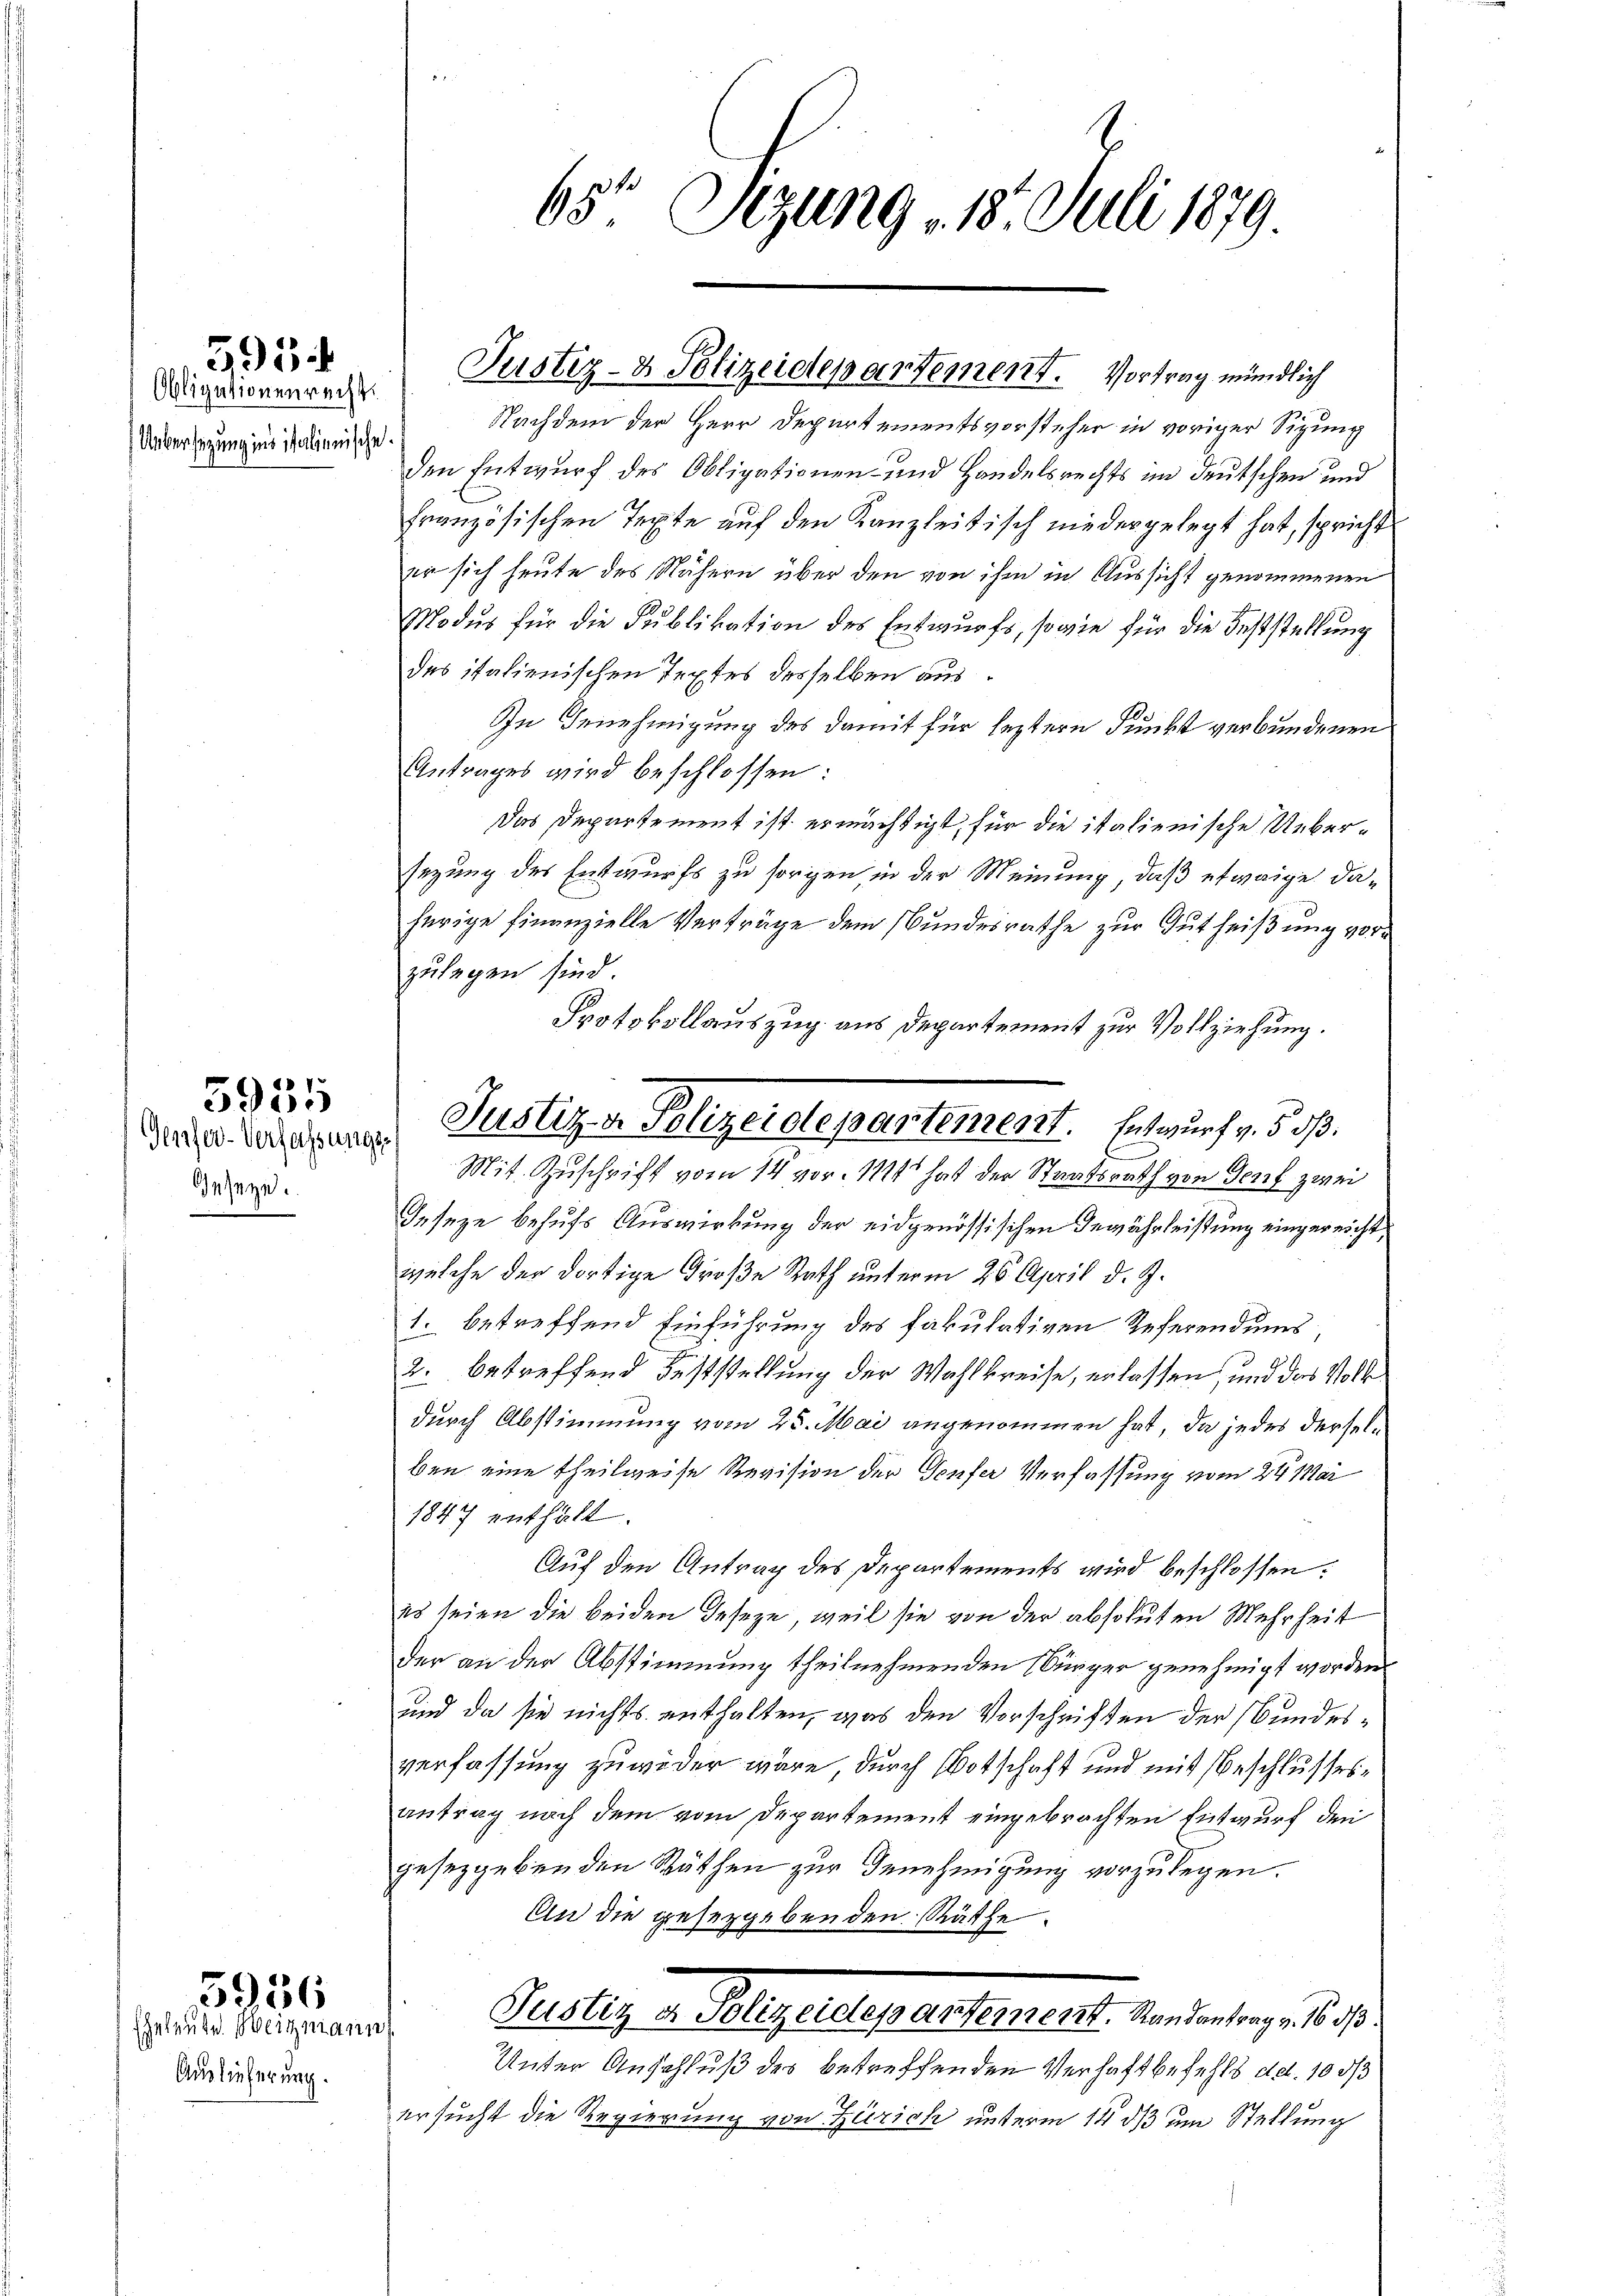
Obligationenrecht.
Uebersezung ins italienische.

595.

Ieseyn.

5955

Auslieferung.

3956
Eheleute. Weigmann

65 Sizung 18. Juli 1879.

Justiz- & Polizeidepartement. Vortrag mündlich

diese Besetzung Justiz - Polizeidepartement. Entwurf v. 5. d.

Nachdem der Herr Departementsvorsteher in voriger Sizung
den Entwurf des Obligationen- und Handelsrechts im deutschen und
französischen Texte auf den Kanzleitisch niedergelegt hat, spricht
er sich heute des Nähern über den von ihm in Aussicht genommenen
Modus für die Publikation des Entwurfs, sowie für die Feststellung
des italienischen Textes desselben aus
In Genehmigung des damit für leztere Punkt verbundenen
Antrages wird beschlossen:
Das Departement ist ermächtigt, für die italienische Uebersezung des Entwurfs zu sorgen, in der Meinung, daß etwaige daherige Finanzielle Verträge dem Bundesrathe zur Gut heißung vorzulegen sind.
Protokollauszug aus Departement zur Vollziehung.
Mit Zuschrift vom 14 vor. 111 hat der Staatsrath von Genf zwei
Ieseze behufs Auswirkung der eidgenössischen Gewährleistung eingereicht,
welche der dortige Große Rath unterm 26. April d. J.
1. betreffend Einführung des fakulativen Zuferendums,
2. betreffend Feststellung der Wahlkreise, erlassen, und das Volldurch Abstimmung vom 25. Mai angenommen hat, da jedes derselben eine theilweise Revision der Teufer Verfassung vom 24. Mar
1847 enthält.
Auf den Antrag des Departements wird beschlossen:
es seien die beiden Geseze, weil sie von der absoluten Mehrheit
der an der Abstimmung theilnehmenden bürger genehmigt worden
und da sie nichts enthalten, was den Vorschriften der Bundesverfassung zuwider wäre, durch Wotschaft und mit Beschlusses
antrag nach dem vom Departement eingebrachten Entwurf den
gesetzgebenden Räthen zur Genehmigung vorzulegen.
An die gesetzgebenden Räthe
Puellen Regel Departement in diesen d. 10.
Unter Anschluß des betreffenden Verhaftbefehls d.d. 10 d
ersucht die Regierung von Zürich unterm 14 dß um Stellung